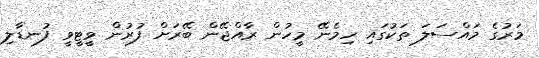
މަރުގެ މައްސަލަ ތަކުގައި ހިމެނޭ މީހުން ރާއްޖޭން ބޭރަށް ފުރުން ވީޓީވީ ފުނޑާލި